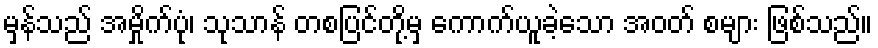
မှန်သည် အမှိုက်ပုံ၊ သုသာန် တစပြင်တို့မှ ကောက်ယူခဲ့သော အဝတ် စများ ဖြစ်သည်။